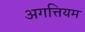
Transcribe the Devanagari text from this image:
अगत्तियम